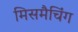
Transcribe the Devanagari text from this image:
मिसमैचिंग